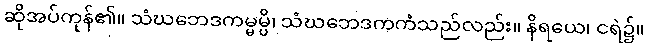
ဆိုအပ်ကုန်၏။ သံဃဘေဒကမ္မမ္ပိ၊ သံဃဘေဒကကံသည်လည်း။ နိရယေ၊ ငရဲ၌။